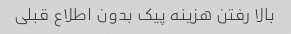
بالا رفتن هزینه پیک بدون اطلاع قبلی